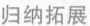
归纳拓展